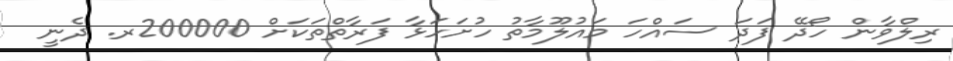
ރިލްވާން ހޯދޭ ފަދަ ސައްހަ މައުލޫމާތު ހުށަހަޅާ ފަރާތްތަކަށް 200000ރ. ދެނީ